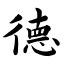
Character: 德